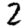
Digit: 2